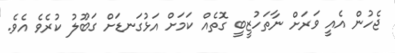
ޖެހުން އެއީ ވަރަށް ނާތަހުޒީބީ ގޮތެއް ކަމަށް އަޅުގަނޑަށް ގަބޫލު ކުރެވެ އެވެ.